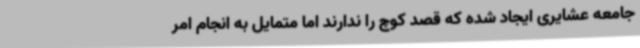
جامعه عشایری ایجاد شده که قصد کوچ را ندارند اما متمایل به انجام امر